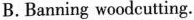
B.Banning woodcutting.